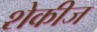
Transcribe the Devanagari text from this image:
शेकीज